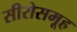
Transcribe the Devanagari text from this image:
सीरोसमूह